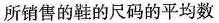
所销售的鞋的尺码的平均数